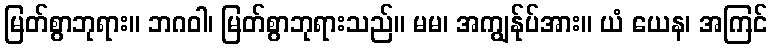
မြတ်စွာဘုရား။ ဘဂဝါ၊ မြတ်စွာဘုရားသည်။ မမ၊ အကျွန်ုပ်အား။ ယံ ယေန၊ အကြင်